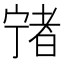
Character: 𡪄